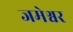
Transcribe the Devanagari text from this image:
जमेश्वर